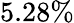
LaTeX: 5.28\%